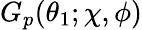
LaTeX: G_{p}(\theta_{1};\chi,\phi)